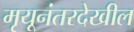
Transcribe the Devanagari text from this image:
मृयूनंतरदेखील